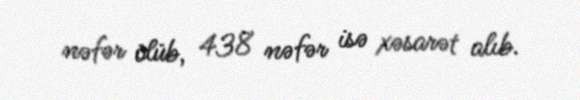
nəfər ölüb, 438 nəfər isə xəsarət alıb.